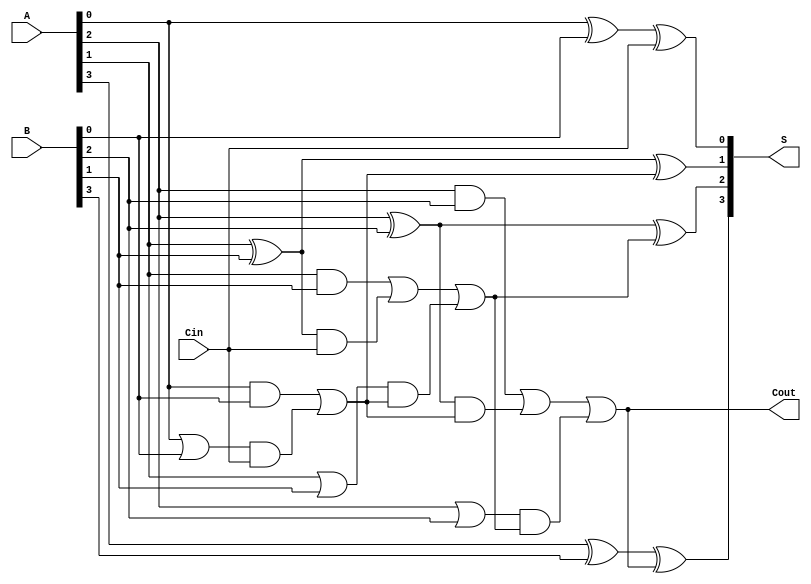
module conditional_sum_adder #(
    parameter N = 4  // Number of bits for the CSA
)(
    input [N-1:0] A,
    input [N-1:0] B,
    input Cin,
    output [N-1:0] S,
    output Cout
);

    wire [N-1:0] sum0; // Sum if carry is 0
    wire [N-1:0] sum1; // Sum if carry is 1
    wire [N-1:0] carry_generate; // Carry generate signals
    wire [N-1:0] carry_propagate; // Carry propagate signals
    wire [N:0] carry; // Carry signals considering Cin
   
    // Assign initial carry
    assign carry[0] = Cin;

    // Half Adder for the least significant bit
    assign sum0[0] = A[0] ^ B[0];
    assign carry_generate[0] = A[0] & B[0];
    assign carry_propagate[0] = A[0] | B[0];
    
    assign sum1[0] = sum0[0] ^ carry[0];

    // Generate sum and carry for the remaining bits
    genvar i;
    generate
        for (i = 1; i < N; i = i + 1) begin : CSA
            // Sum and Carry Generation
            assign sum0[i] = A[i] ^ B[i] ^ carry[i-1];
            assign carry_generate[i] = A[i] & B[i] | (A[i] ^ B[i]) & carry[i-1];
            assign carry_propagate[i] = A[i] | B[i];
            
            // Calculate the S1 based on the carry propagation
            assign sum1[i] = (A[i] ^ B[i]) ^ carry[i];

            // Carry selection based on the generate and propagate logic
            assign carry[i] = carry_generate[i-1] | (carry_propagate[i-1] & carry[i-1]);
        end
    endgenerate

    // Final outputs
    assign S = {sum1[N-1], sum1[N-2:0]} ; // Select S1 for the output S
    assign Cout = carry[N-1];

endmodule